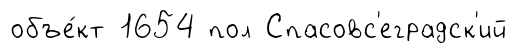
объе́кт 1654 пол Спасовс'еградск'ий